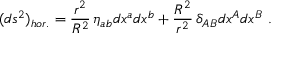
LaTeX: ( d s ^ { 2 } ) _ { h o r . } = \frac { r ^ { 2 } } { R ^ { 2 } } \, \eta _ { a b } d x ^ { a } d x ^ { b } + \frac { R ^ { 2 } } { r ^ { 2 } } \, \delta _ { A B } d x ^ { A } d x ^ { B } \ .